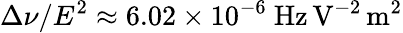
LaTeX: \Delta\nu/E^{2}\approx 6.02\times 10^{-6}\ \mathrm{Hz\, V^{-2}\, m^{2}}